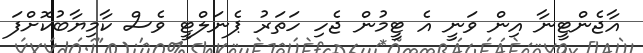
އާޖެންޓީނާ އިން ވަނީ އެ ޓީމުން ޖެހި ހަތަރު ޕެނަލްޓީ ވެސް ކާމިޔާބުކޮށްފަ